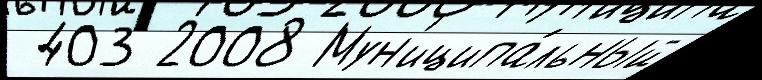
 403 2008 Мун'иципа́льный